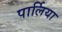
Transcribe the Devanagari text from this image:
पार्लिया